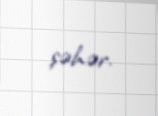
şəhər.